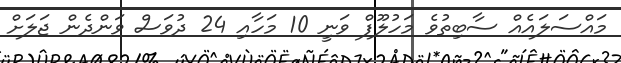
މައްސަލައެއް ސާބިތުވެ މަހުލޫފް ވަނީ 10 މަހާއި 24 ދުވަސް ވަންދެން ޖަލަށް